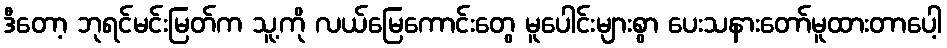
ဒီတော့ ဘုရင်မင်းမြတ်က သူ့ကို လယ်မြေကောင်းတွေ မူပေါင်းများစွာ ပေးသနားတော်မူထားတာပေါ့